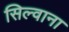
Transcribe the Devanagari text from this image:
सिल्वाना